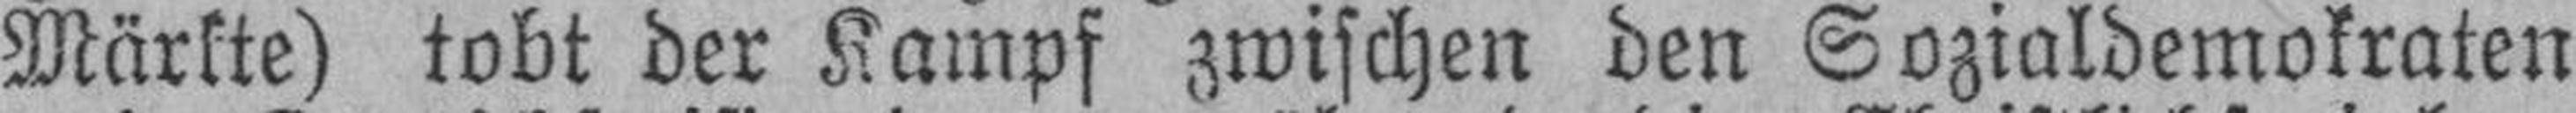
Märkte) tobt der Kampf zwischen den Sozialdemokraten